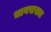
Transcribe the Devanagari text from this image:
धावसख्या